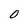
Character: O